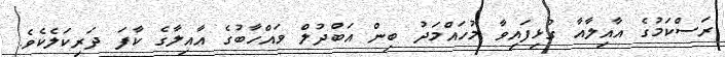
ރަސްކަމުގެ އާއިލާއާ ގުޅިފައިވާ މުހައްމަދު ބިން އަބްދުލް ވައްހާބުގެ އާއިލާގެ ކާފަ ދަރިކަލެކެވެ.